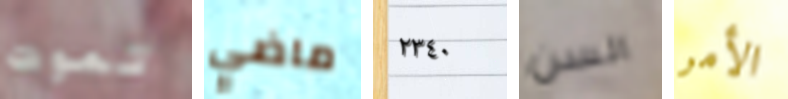
تموت ماضي ٢٣٤٠ السن الأمر